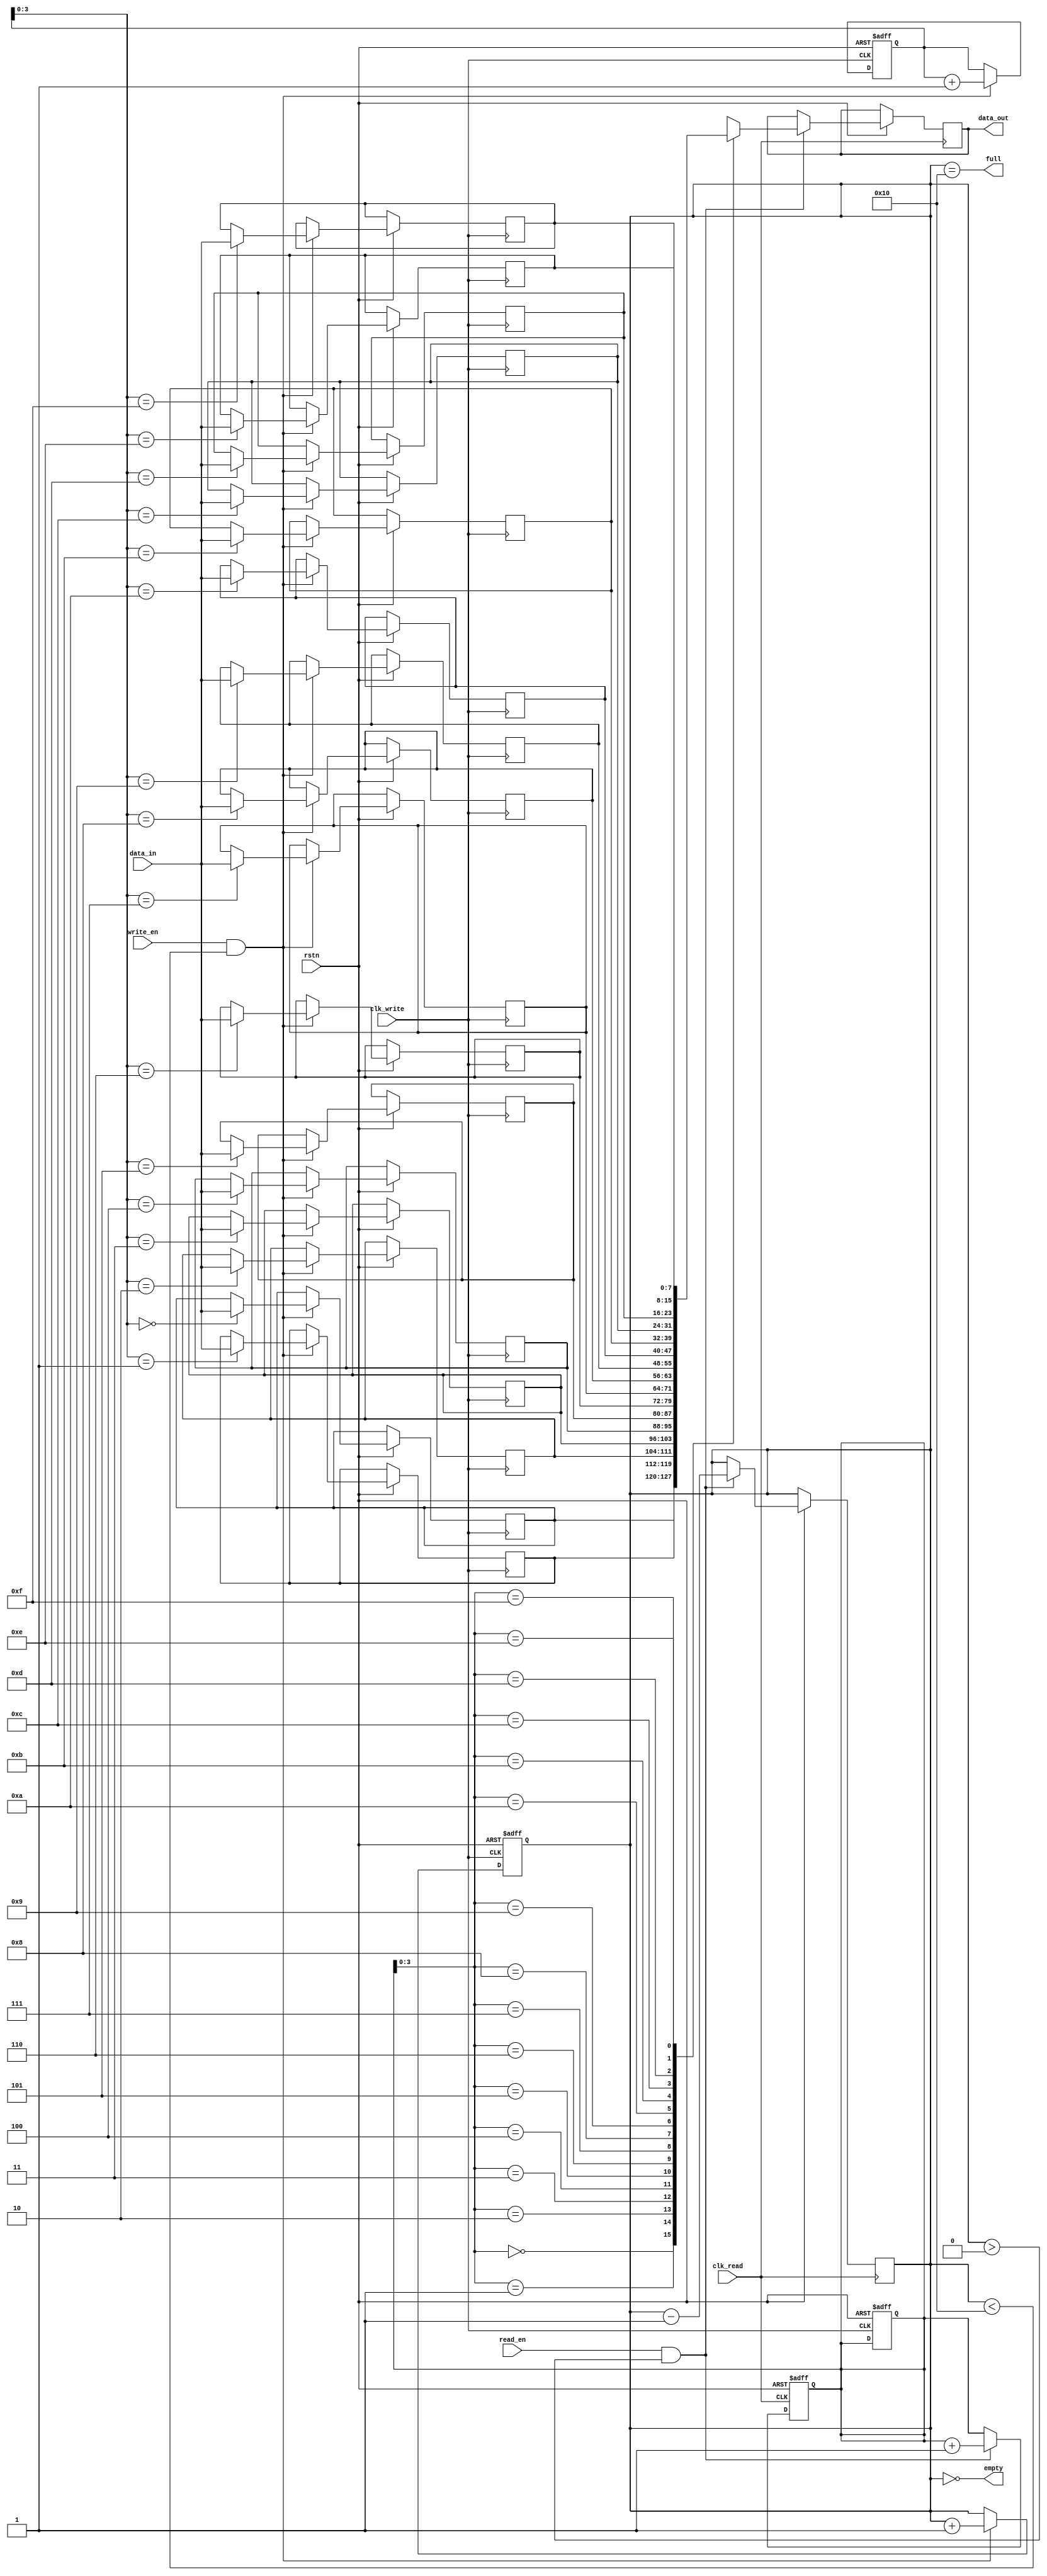
module last_word_fifo (
  input wire clk_write,        // Write clock
  input wire rstn,             // Asynchronous reset
  input wire [DATA_WIDTH-1:0] data_in,  // Input data
  input wire write_en,         // Write enable signal
  input wire clk_read,         // Read clock
  output wire [DATA_WIDTH-1:0] data_out, // Output data
  input wire read_en,          // Read enable signal
  output wire full,            // Full flag
  output wire empty            // Empty flag
);

parameter DEPTH = 16; // Depth of FIFO buffer
parameter DATA_WIDTH = 8; // Data width

reg [DATA_WIDTH-1:0] fifo [DEPTH-1:0];
reg [DEPTH-1:0] write_ptr, read_ptr;
reg [DEPTH-1:0] count;

always @(posedge clk_write or negedge rstn) begin
  if (~rstn) begin
    write_ptr <= 0;
    read_ptr <= 0;
    count <= 0;
  end else begin
    if (write_en && count < DEPTH) begin
      fifo[write_ptr] <= data_in;
      write_ptr <= write_ptr + 1;
      count <= count + 1;
    end
  end
end

always @(posedge clk_read or negedge rstn) begin
  if (~rstn) begin
    read_ptr <= 0;
  end else begin
    if (read_en && count > 0) begin
      data_out <= fifo[read_ptr];
      read_ptr <= read_ptr + 1;
      count <= count - 1;
    end
  end
end

assign full = (count == DEPTH);
assign empty = (count == 0);

endmodule